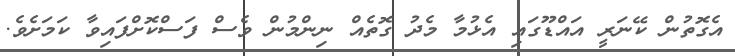
އެގޮތުން ކޭނަރީ އައްޑޫގައި އެޅުމާ މެދު ގޮތެއް ނިންމުން ވެސް ފަސްކޮށްފައިވާ ކަމަށެވެ.